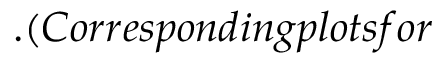
. ( C o r r e s p o n d i n g p l o t s f o r